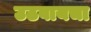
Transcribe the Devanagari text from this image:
उठवायचा